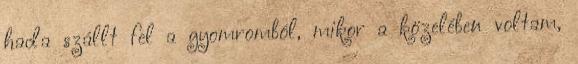
hada szállt fel a gyomromból, mikor a közelében voltam,